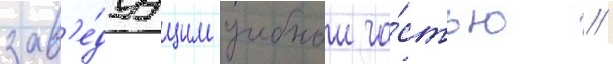
зав'е́дуущим учебнои ча́стью //